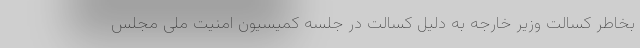
بخاطر کسالت وزیر خارجه به دلیل کسالت در جلسه کمیسیون امنیت ملی مجلس